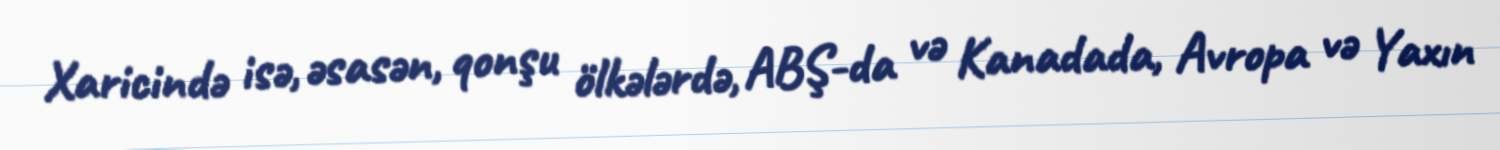
Xaricində isə, əsasən, qonşu ölkələrdə, ABŞ-da və Kanadada, Avropa və Yaxın